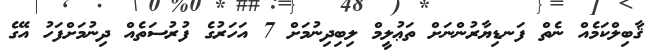
ޤާބިލްކަމެއް ނެތް ފަނޑިޔާރުންނަށް ތަޢުލީމް ލިބިދިނުމަށް 7 އަހަރުގެ ފުރުސަތެއް ދިނުމަށްފަހު އޭގެ